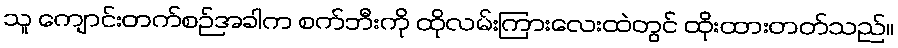
သူ ကျောင်းတက်စဉ်အခါက စက်ဘီးကို ထိုလမ်းကြားလေးထဲတွင် ထိုးထားတတ်သည်။